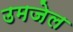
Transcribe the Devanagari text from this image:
उमजेल